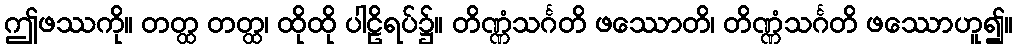
ဤဖဿကို။ တတ္ထ တတ္ထ၊ ထိုထို ပါဠိရပ်၌။ တိဏ္ဏံသင်္ဂတိ ဖဿောတိ၊ တိဏ္ဏံသင်္ဂတိ ဖဿောဟူ၍။